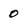
Character: 0